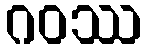
ဂဝဿ